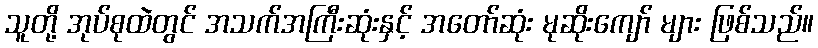
သူတို့ အုပ်စုထဲတွင် အသက်အကြီးဆုံးနှင့် အတော်ဆုံး မုဆိုးကျော် များ ဖြစ်သည်။